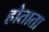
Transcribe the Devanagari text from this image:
होताता